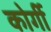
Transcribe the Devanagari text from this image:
कोर्गी